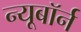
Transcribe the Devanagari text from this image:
न्यूबॉर्न